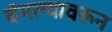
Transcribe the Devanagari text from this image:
बंगल्यावरून